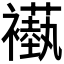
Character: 𬡵